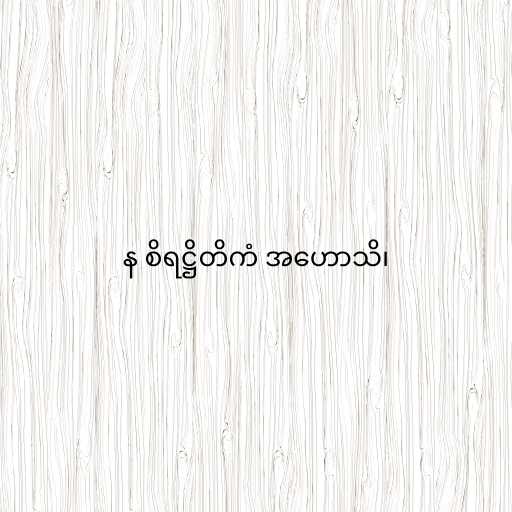
န စိရဋ္ဌိတိကံ အဟောသိ၊